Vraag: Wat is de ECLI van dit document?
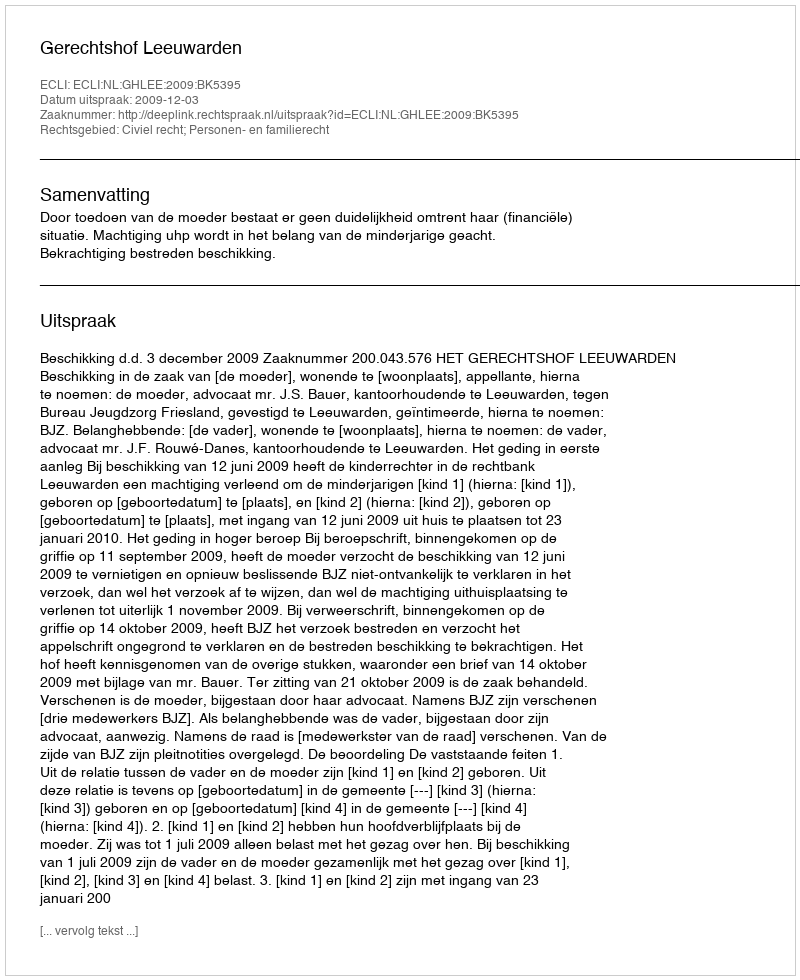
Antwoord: ECLI:NL:GHLEE:2009:BK5395